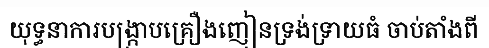
យុទ្ធនាការបង្ក្រាបគ្រឿងញៀនទ្រង់ទ្រាយធំ ចាប់តាំងពី